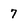
Character: 7